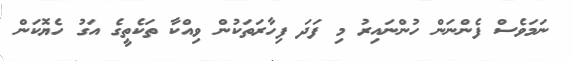
ނަމަވެސް ފެންނަން ހުންނައިރު މި ފަދަ ފިހާރަތަކުން ވިއްކާ ތަކެތީގެ އަގު ހެޔޮކަން